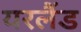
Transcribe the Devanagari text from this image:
यरलैंड